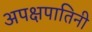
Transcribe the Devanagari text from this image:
अपक्षपातिनी